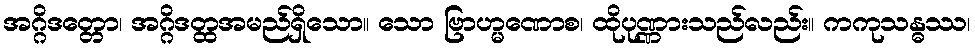
အဂ္ဂိဒတ္တော၊ အဂ္ဂိဒတ္ထအမည်ရှိသော။ သော ဗြာဟ္မဏောစ၊ ထိုပုဏ္ဏားသည်လည်း။ ကကုသန္ဓဿ၊